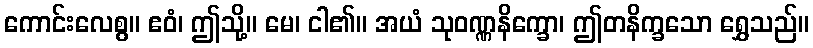
ကောင်းလေစွ။ ဧဝံ၊ ဤသို့။ မေ၊ ငါ၏။ အယံ သုဝဏ္ဏနိက္ခော၊ ဤတနိက္ခသော ရွှေသည်။